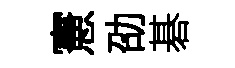
憲劭碁